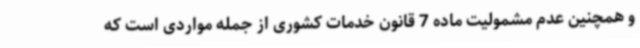
و همچنین عدم مشمولیت ماده 7 قانون خدمات کشوری از جمله مواردی است که